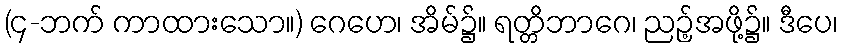
(၄-ဘက် ကာထားသော။) ဂေဟေ၊ အိမ်၌။ ရတ္တိဘာဂေ၊ ညဉ့်အဖို့၌။ ဒီပေ၊